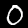
Label: 0